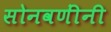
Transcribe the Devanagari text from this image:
सोनवणींनी